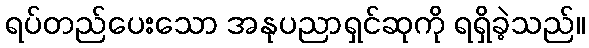
ရပ်တည်ပေးသော အနုပညာရှင်ဆုကို ရရှိခဲ့သည်။